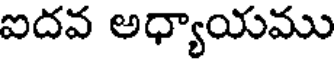
ఐదవ అధ్యాయము